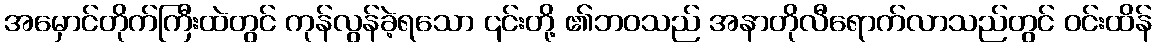
အမှောင်တိုက်ကြီးထဲတွင် ကုန်လွန်ခဲ့ရသော ၎င်းတို့ ၏ဘဝသည် အနာတိုလီရောက်လာသည်တွင် ဝင်းထိန်